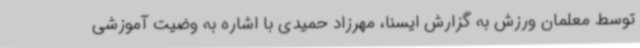
توسط معلمان ورزش به گزارش ایسنا، مهرزاد حمیدی با اشاره به وضیت آموزشی